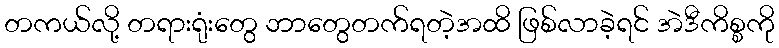
တကယ်လို့ တရားရုံးတွေ ဘာတွေတက်ရတဲ့အထိ ဖြစ်လာခဲ့ရင် အဲဒီကိစ္စကို